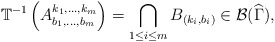
\begin{align*}\mathbb{T}^{-1}\left( A_{b_{1},...,b_{m}}^{k_{1},...,k_{m}}\right)=\bigcap_{1\leq i\leq m}B_{(k_{i},b_{i})}\in \mathcal{B}(\widehat{\Gamma }),\end{align*}